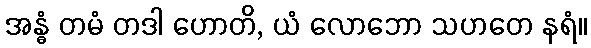
အန္ဓံ တမံ တဒါ ဟောတိ, ယံ လောဘော သဟတေ နရံ။